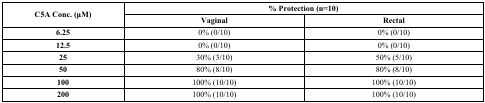
| <ROWSPAN=2> C5A Conc. (μM) | <COLSPAN=2> % Protection (n=10) |
 | Vaginal | Rectal |
 | --- | --- | --- |
 | 6.25 | 0% (0/10) | 0% (0/10) |
 | 12.5 | 0% (0/10) | 0% (0/10) |
 | 25 | 30% (3/10) | 50% (5/10) |
 | 50 | 80% (8/10) | 80% (8/10) |
 | 100 | 100% (10/10) | 100% (10/10) |
 | 200 | 100% (10/10) | 100% (10/10) |